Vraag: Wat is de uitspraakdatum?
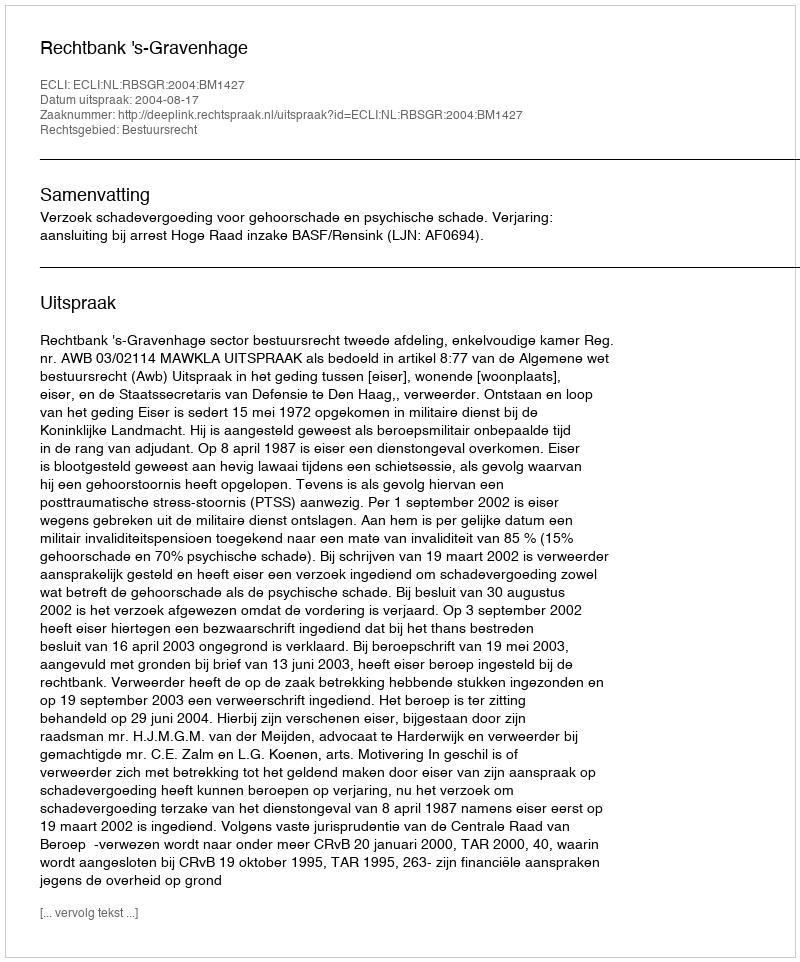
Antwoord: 2004-08-17